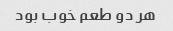
هر دو طعم خوب بود